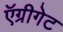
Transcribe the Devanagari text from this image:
ऍग्रीगेट